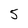
Character: 5